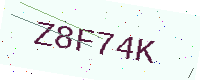
Text: Z8F74K